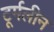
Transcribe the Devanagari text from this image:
टूर्मलीन